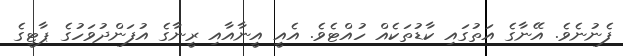
ފެނުނެވެ. އޭނާގެ އަތުގައި ކާޑުތަކެއް ހުއްޓެވެ. އެއީ އީނާއާއި ރީނާގެ އުފަންދުވަހުގެ ޕާޓީގެ